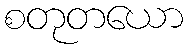
စတုတယော